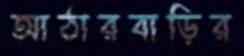
আঠারবাড়ির